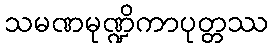
သမဏမုဏ္ဍိကာပုတ္တဿ